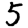
Digit: 5